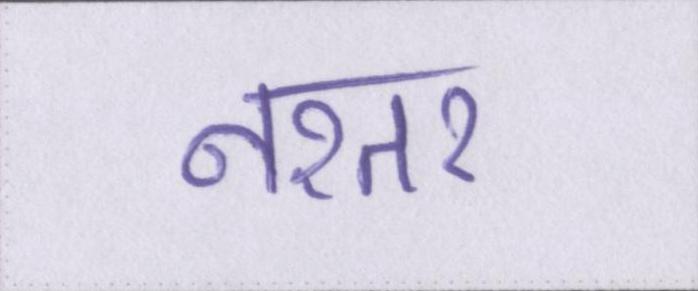
नश्तर